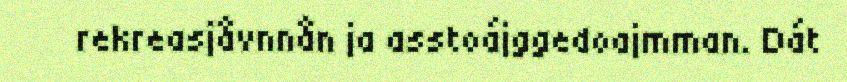
rekreasjåvnnån ja asstoájggedoajmman. Dát